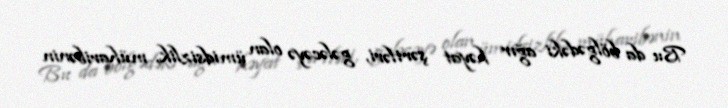
Bu da bölgədəki ağır həyat şərtləri, gələcəyə olan ümidsizlik, müharibənin